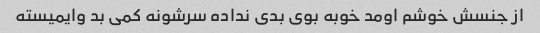
از جنسش خوشم اومد خوبه بوی بدی نداده سرشونه کمی بد وایمیسته